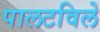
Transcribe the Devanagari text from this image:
पालटविले